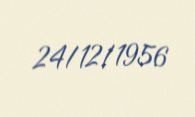
24/12/1956